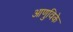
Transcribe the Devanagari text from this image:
आणुविके